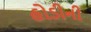
હોડીની